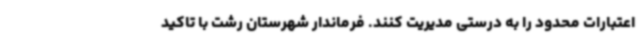
اعتبارات محدود را به درستی مدیریت کنند. فرماندار شهرستان رشت با تاکید